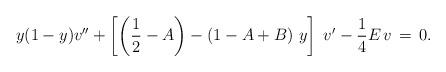
LaTeX: \begin{align*}y(1-y) v'' + \left[ \left({1 \over 2} -A \right)-\left(1-A+B \right)\,y \right]\;v'-{1 \over 4} E\, v \,=\, 0.\end{align*}